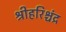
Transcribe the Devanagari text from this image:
श्रीहरिश्चंद्र